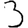
Digit: 3